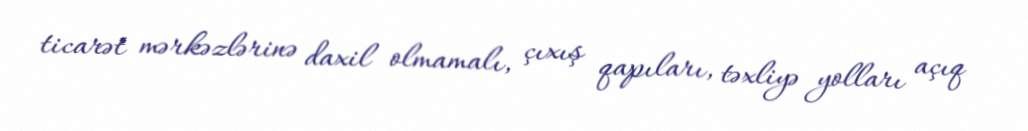
ticarət mərkəzlərinə daxil olmamalı, çıxış qapıları, təxliyə yolları açıq